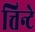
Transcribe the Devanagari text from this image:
त्तिन्टे